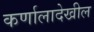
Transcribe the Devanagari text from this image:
कर्णालादेखील